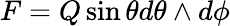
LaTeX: F=Q\sin\theta d\theta\wedge d\phi